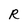
Character: R